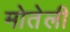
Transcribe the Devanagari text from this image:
मोतेली